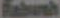
Fabush